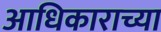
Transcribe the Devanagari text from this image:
आधिकाराच्या